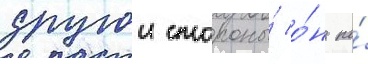
другои стороны́ о́н по́